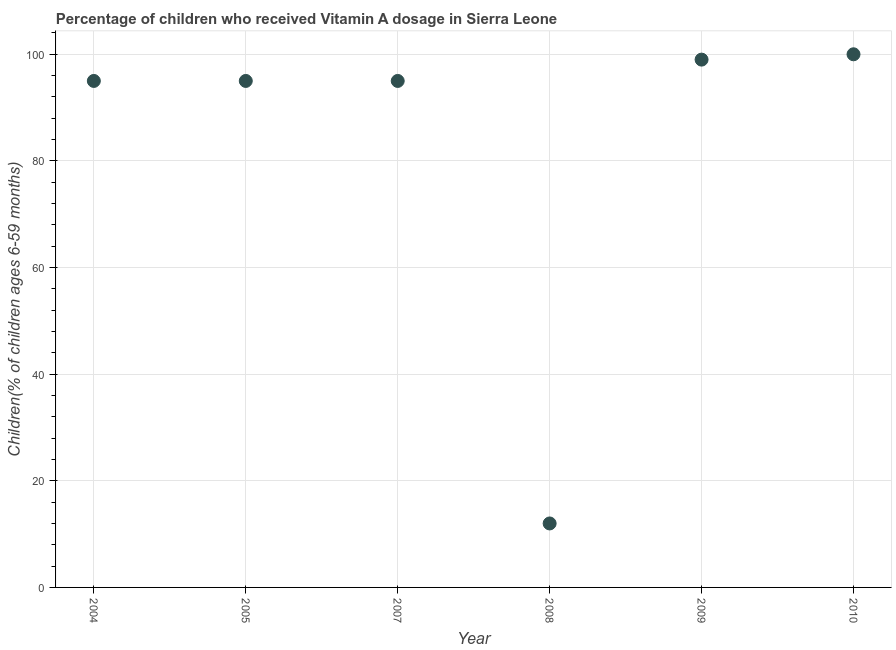
| Year | Vitamin A supplementation coverage rate  |
 | --- | --- |
 | 2004 | 95 |
 | 2005 | 95 |
 | 2007 | 95 |
 | 2008 | 12 |
 | 2009 | 99 |
 | 2010 | 100 |